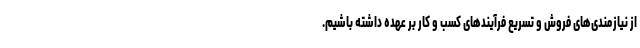
از نیازمندی‌های فروش و تسریع فرآیندهای کسب و کار بر عهده داشته باشیم.